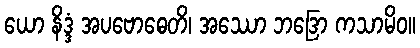
ယော နိဒ္ဒံ အပဗောဓေတိ၊ အဿော ဘဒြော ကသာမိဝ။